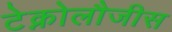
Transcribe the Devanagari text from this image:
टेक्नोलौजीस